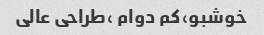
خوشبو،کم دوام ،طراحی عالی